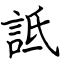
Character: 詆